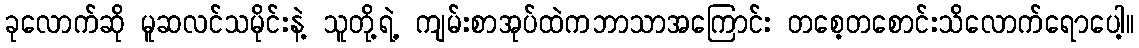
ခုလောက်ဆို မူဆလင်သမိုင်းနဲ့ သူတို့ရဲ့ ကျမ်းစာအုပ်ထဲကဘာသာအကြောင်း တစေ့တစောင်းသိလောက်ရောပေါ့။